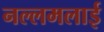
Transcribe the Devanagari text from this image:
नल्लमलाई